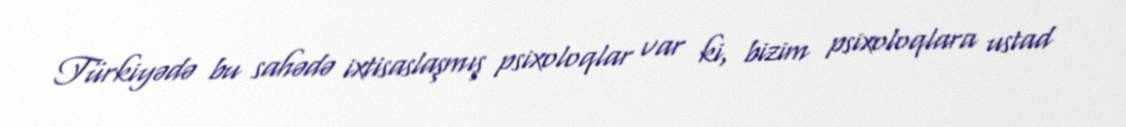
Türkiyədə bu sahədə ixtisaslaşmış psixoloqlar var ki, bizim psixoloqlara ustad